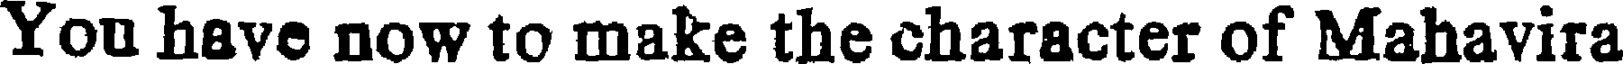
You have now to make the character of Mahavira